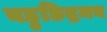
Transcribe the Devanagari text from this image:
बहुछिद्रमय